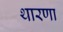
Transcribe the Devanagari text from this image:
थारणा